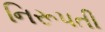
નિરૂપતી